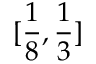
[ \frac { 1 } { 8 } , \frac { 1 } { 3 } ]